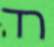
רד